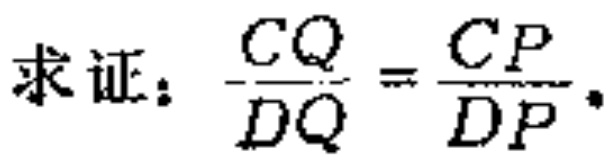
求证：\(\frac{CQ}{DQ}=\frac{CP}{DP}\)。